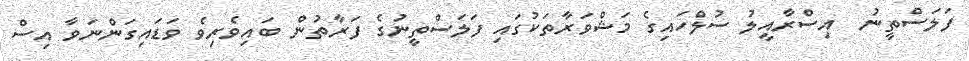
ފަލަސްތީނު  އިސްރާއީލު ސުލްހައިގެ މަޝްވަރާތަކުގައި ފަލަސްތީނުގެ ފަރާތުން ބައިވެރިވެ ވަޑައިގަންނަވާ އިސް